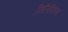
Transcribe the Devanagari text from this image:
फिलिपिकस